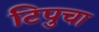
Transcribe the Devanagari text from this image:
टिपुचा